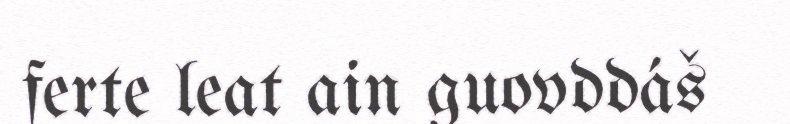
ferte leat ain guovddáš